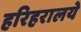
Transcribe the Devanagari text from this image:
हरिहरालये